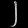
Digit: ၂